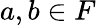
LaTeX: a,b\in F